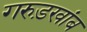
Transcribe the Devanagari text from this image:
गरुड़खांब